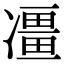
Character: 𠘌